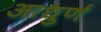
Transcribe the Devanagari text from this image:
आधुर्ण